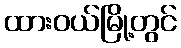
ထားဝယ်မြို့တွင်